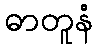
ဓာတူနံ